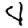
Digit: 4